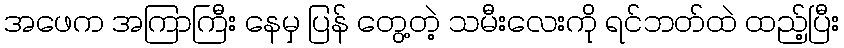
အဖေက အကြာကြီး နေမှ ပြန် တွေ့တဲ့ သမီးလေးကို ရင်ဘတ်ထဲ ထည့်ပြီး